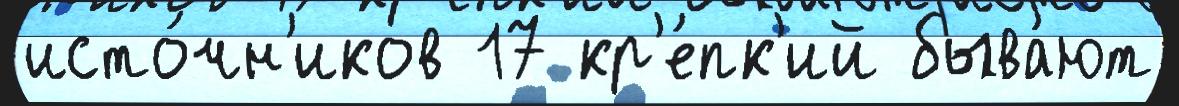
исто́чн'иков 17 кр'е́пк'ий быва́ют